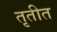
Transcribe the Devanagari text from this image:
तृतीत